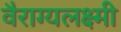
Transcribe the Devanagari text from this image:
वैराग्यलक्ष्मी